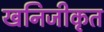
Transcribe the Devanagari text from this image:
खनिजीकृत